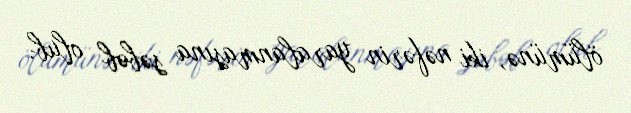
ölümünə, iki nəfərin yaralanmasına səbəb olub.